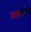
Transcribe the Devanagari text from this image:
आयर्लण्ड